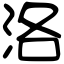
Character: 洛